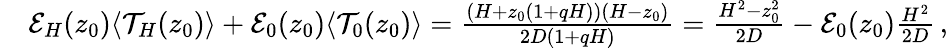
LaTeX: \begin{array}{rl}&{\mathcal{E}_{H}(z_{0})\langle\mathcal{T}_{H}(z_{0})\rangle+\mathcal{E}_{0}(z_{0})\langle\mathcal{T}_{0}(z_{0})\rangle=\frac{(H+z_{0}(1+qH))(H-z_{0})}{2D(1+qH)}=\frac{H^{2}-z_{0}^{2}}{2D}-\mathcal{E}_{0}(z_{0})\frac{H^{2}}{2D}\, ,}\end{array}